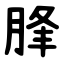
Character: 䏺